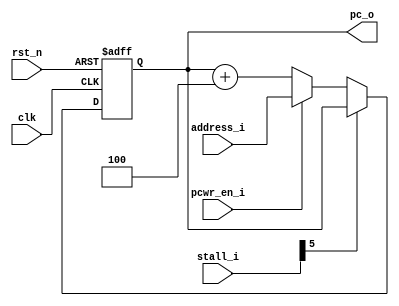
module pc_ctrl (
    input               clk,
    input               rst_n,
    input       [5:0]   stall_i,

    input       [31:0]  address_i,
    input               pcwr_en_i,

    output  reg [31:0]  pc_o
);

    always @(posedge clk or negedge rst_n) begin
        if (!rst_n)
            pc_o    <=  32'd0;
        else if (!stall_i[5]) begin
            if (!pcwr_en_i) // 
                pc_o    <=  pc_o + 32'd4;
            else 
                pc_o    <=  address_i;
        end
    end
    
endmodule